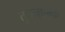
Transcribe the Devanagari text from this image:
तुलनात्म्क